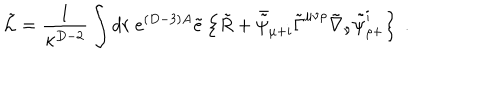
\tilde { \cal L } = { \frac { 1 } { \kappa ^ { D - 2 } } } \int d r \ e ^ { ( D - 3 ) A } \tilde { e } \left\{ \tilde { R } + \bar { \tilde { \psi } } _ { \mu + i } \tilde { \Gamma } ^ { \mu \nu \rho } \tilde { \nabla } _ { \nu } \tilde { \psi } _ { \rho + } ^ { i } \right\} \ .